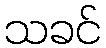
သခင်